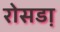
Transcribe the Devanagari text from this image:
रोसडा़